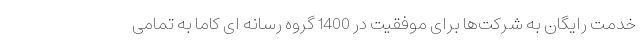
خدمت رایگان به شرکت‌ها برای موفقیت در 1400 گروه رسانه ای کاما به تمامی